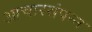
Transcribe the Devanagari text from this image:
आचारसंपन्‍न